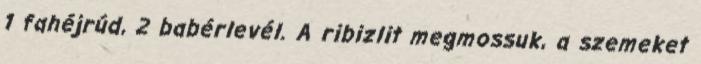
1 fahéjrúd, 2 babérlevél. A ribizlit megmossuk, a szemeket